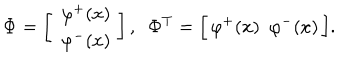
{ \bf \Phi } = \left[ \begin{array} { c } { { \, \, \varphi ^ { + } ( x ) \, } } \\ { { \, \, \varphi ^ { - } ( x ) \, } } \\ \end{array} \right] , \, \, \, { \bf \Phi } ^ { T } = \Big [ \, \varphi ^ { + } ( x ) \, \, \, \varphi ^ { - } ( x ) \, \Big ] .